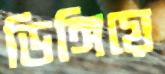
ডিঙ্গিয়ে